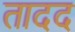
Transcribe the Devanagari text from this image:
तादद